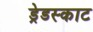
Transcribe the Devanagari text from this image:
ड्रेडस्काट